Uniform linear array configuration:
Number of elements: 32
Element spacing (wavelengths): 0.25
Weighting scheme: cosine
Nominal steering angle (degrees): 15
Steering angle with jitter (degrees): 16.074
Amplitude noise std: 0.05
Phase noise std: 0.05

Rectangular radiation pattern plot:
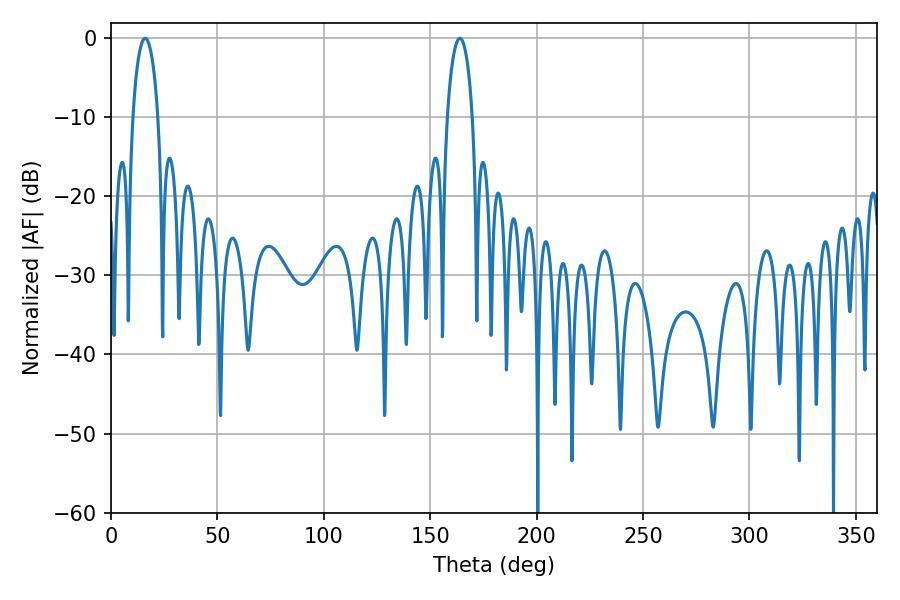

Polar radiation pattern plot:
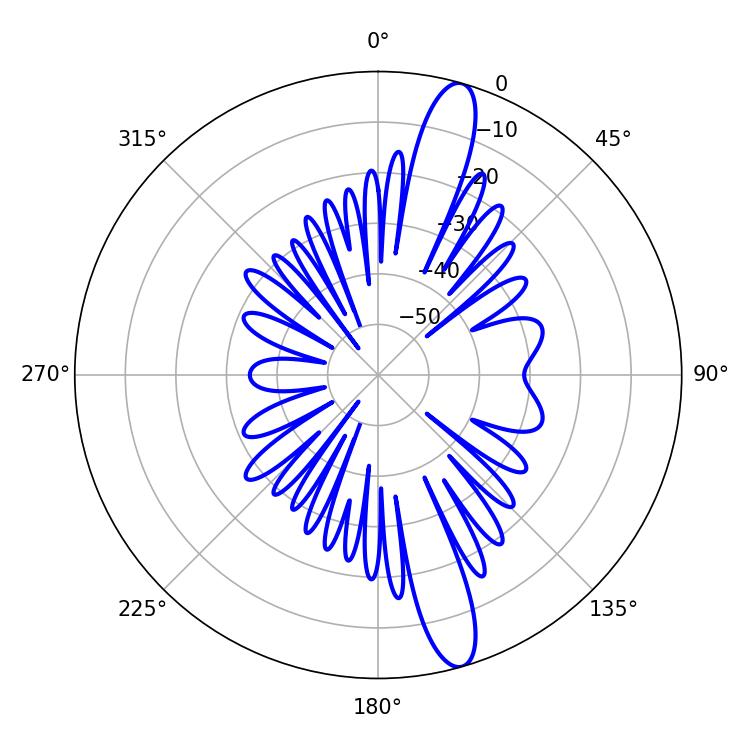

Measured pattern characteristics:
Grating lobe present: FALSE
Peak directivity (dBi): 14.366
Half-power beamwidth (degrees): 6.66
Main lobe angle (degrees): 16.02